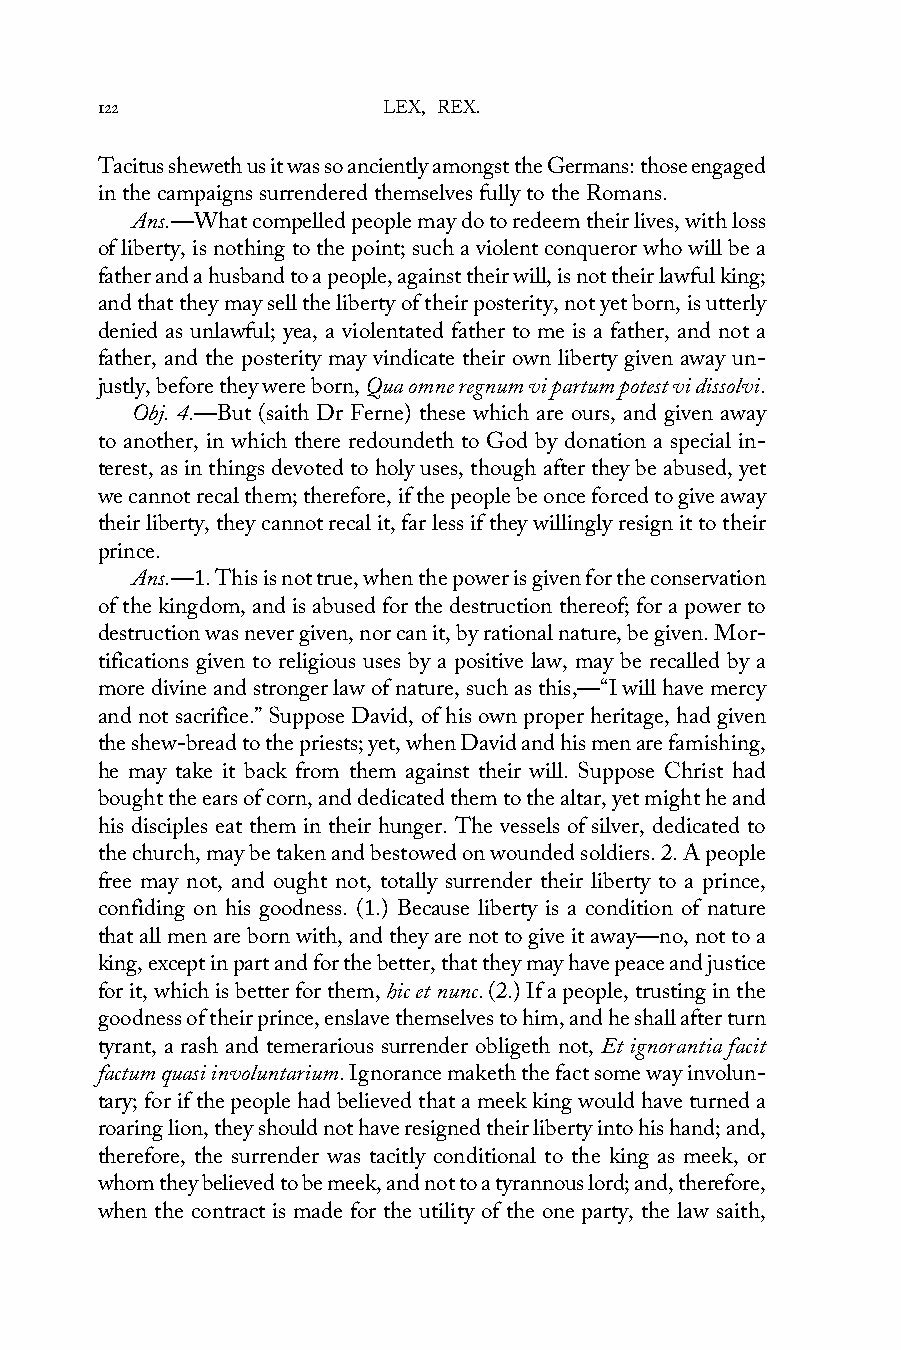
122                LEX, REX.
 Tacitus sheweth us it was so anciently amongst the Germans: those engaged
 in the campaigns surrendered themselves fully to the Romans.
 Ans.—What compelled people may do to redeem their lives, with loss
 of liberty, is nothing to the point; such a violent conqueror who will be a
 father and a husband to a people, against their will, is not their lawful king;
 and that they may sell the liberty of their posterity, not yet born, is utterly
 denied as unlawful; yea, a violentated father to me is a father, and not a
 father, and the posterity may vindicate their own liberty given away un-
 justly, before they were born, Qua omne regnum vi partum potest vi dissolvi.
 Obj. 4.—But (saith Dr Ferne) these which are ours, and given away
 to another, in which there redoundeth to God by donation a special in-
 terest, as in things devoted to holy uses, though after they be abused, yet
 we cannot recal them; therefore, if the people be once forced to give away
 their liberty, they cannot recal it, far less if they willingly resign it to their
 prince.
 Ans.—1. This is not true, when the power is given for the conservation
 of the kingdom, and is abused for the destruction thereof; for a power to
 destruction was never given, nor can it, by rational nature, be given. Mor-
 tifications given to religious uses by a positive law, may be recalled by a
 more divine and stronger law of nature, such as this,—“I will have mercy
 and not sacrifice.” Suppose David, of his own proper heritage, had given
 the shew-bread to the priests; yet, when David and his men are famishing,
 he may take it back from them against their will. Suppose Christ had
 bought the ears of corn, and dedicated them to the altar, yet might he and
 his disciples eat them in their hunger. The vessels of silver, dedicated to
 the church, may be taken and bestowed on wounded soldiers. 2. A people
 free may not, and ought not, totally surrender their liberty to a prince,
 confiding on his goodness. (1.) Because liberty is a condition of nature
 that all men are born with, and they are not to give it away—no, not to a
 king, except in part and for the better, that they may have peace and justice
 for it, which is better for them, hic et nunc. (2.) If a people, trusting in the
 goodness of their prince, enslave themselves to him, and he shall after turn
 tyrant, a rash and temerarious surrender obligeth not, Et ignorantia facit
 factum quasi involuntarium. Ignorance maketh the fact some way involun-
 tary; for if the people had believed that a meek king would have turned a
 roaring lion, they should not have resigned their liberty into his hand; and,
 therefore, the surrender was tacitly conditional to the king as meek, or
 whom they believed to be meek, and not to a tyrannous lord; and, therefore,
 when the contract is made for the utility of the one party, the law saith,